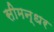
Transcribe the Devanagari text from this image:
सीमन्धर